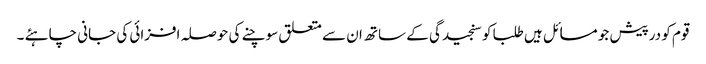
قوم کو درپیش جو مسائل ہیں طلبا کو سنجیدگی کے ساتھ ان سے متعلق سوچنے کی حوصلہ افزائی کی جانی چاہئے ۔